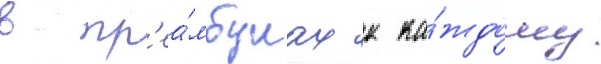
в пр'еа́мбулах к ка́ждому